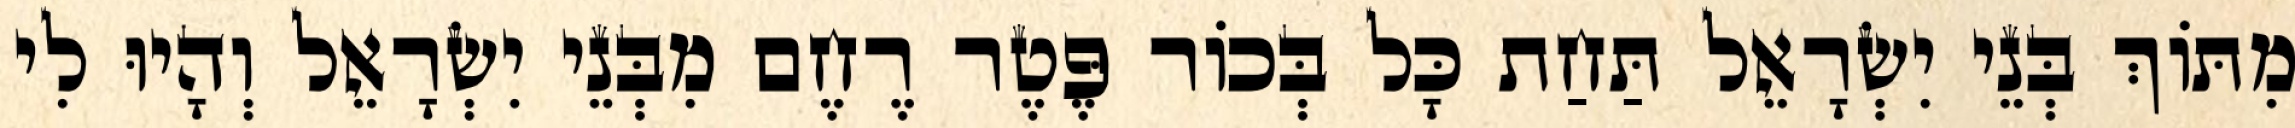
מִתּוֹךְ בְּנֵי יִשְׂרָאֵל תַּחַת כָּל בְּכוֹר פֶּטֶר רֶחֶם מִבְּנֵי יִשְׂרָאֵל וְהָיוּ לִי